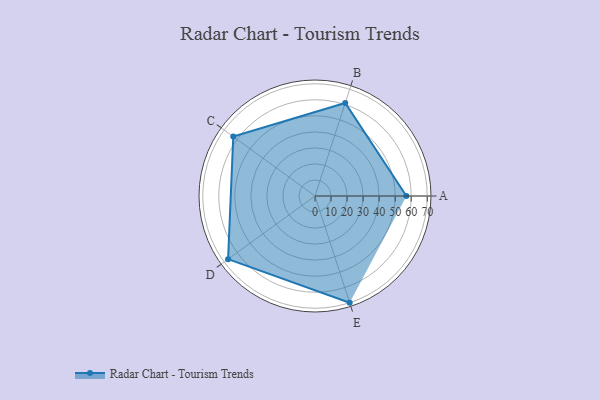
{"axis": {"x": "Skill", "y": "Score"}, "legend": ["Profile"], "data": [{"x": "A", "y": 57.0, "type": "Profile"}, {"x": "B", "y": 61.0, "type": "Profile"}, {"x": "C", "y": 63.0, "type": "Profile"}, {"x": "D", "y": 67.0, "type": "Profile"}, {"x": "E", "y": 70.0, "type": "Profile"}]}